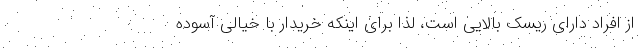
از افراد دارای ریسک بالایی است، لذا برای اینکه خریدار با خیالی آسوده